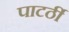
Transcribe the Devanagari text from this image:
पाटर्ठी